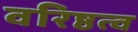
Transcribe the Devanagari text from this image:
वरिष्ठत्व